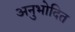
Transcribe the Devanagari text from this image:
अनुभोदित